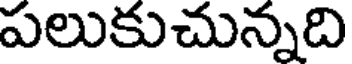
పలుకుచున్నది